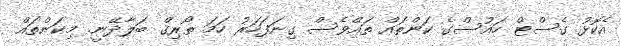
އެކޮޅު ގެސްޓް ހައުސްގެ ކަންތައް ތައްވެސް ގިނަފަހަރު ހަމަ ތޯރިޤް ބަލާދޭނީ. މިކަންތައް